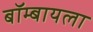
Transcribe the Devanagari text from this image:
बॉम्बायला